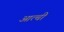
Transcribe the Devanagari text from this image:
आत्ची